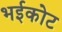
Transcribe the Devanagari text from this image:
भईकोट